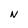
Character: N